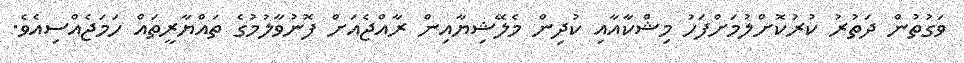
ވަގުތުން ދަތުރު ކުރުކޮށްލުމަށްފަހު މިޝްކާއާއި ކުދިން މެލޭޝިޔާއިން ރާއްޖެއަށް ފޮނުވާލުމުގެ ތައްޔާރީތައް ހަމަޖެއްސިއެވެ.